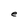
Character: e